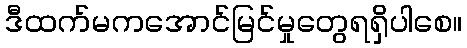
ဒီထက်မကအောင်မြင်မှုတွေရရှိပါစေ။